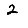
Digit: 2